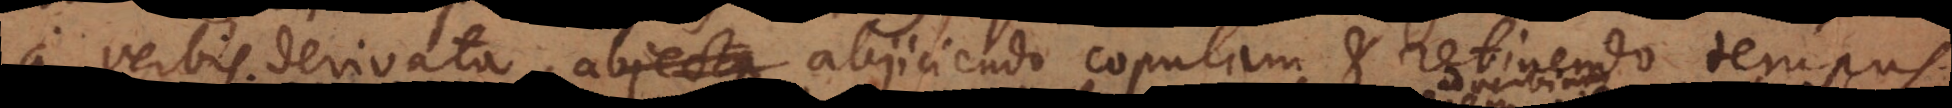
a verbis derivata, abjecta abjiciendo copulam et retinendo tempus,